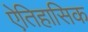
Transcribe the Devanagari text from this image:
ऐतिहासिक